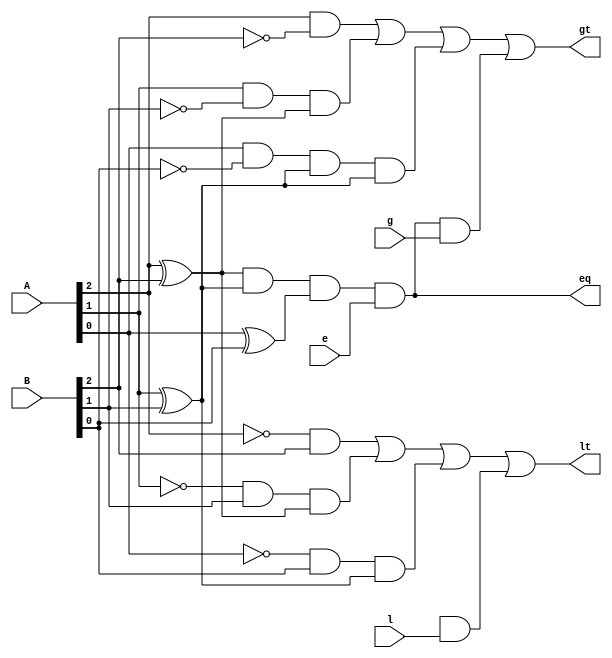
`timescale 1ns / 1ps
// Copyright 2018 Schuyler Eldridge
//
// Licensed under the Apache License, Version 2.0 (the "License");
// you may not use this file except in compliance with the License.
// You may obtain a copy of the License at
//
//     http://www.apache.org/licenses/LICENSE-2.0
//
// Unless required by applicable law or agreed to in writing, software
// distributed under the License is distributed on an "AS IS" BASIS,
// WITHOUT WARRANTIES OR CONDITIONS OF ANY KIND, either express or implied.
// See the License for the specific language governing permissions and
// limitations under the License.

module comparator_3bit(A,B,l,e,g,lt,eq,gt);
input[2:0] A;
input[2:0] B;
input l;
input e;
input g;
output lt;
output eq;
output gt;
wire [0:2] xors;
wire [0:2] A_nots;
wire [0:2] B_nots;
wire [0:2] gt_ands;
wire [0:2] lt_ands;
//equal
xor x1(xors[0],A[2],B[2]);
xor x2(xors[1],A[1],B[1]);
xor x3(xors[2],A[0],B[0]);
and a1(eq,xors[0],xors[1],xors[2],e);
//gt
not n1(B_nots[0],B[0]);
not n2(B_nots[1],B[1]);
not n3(B_nots[2],B[2]);
and a2(gt_ands[0],A[2],B_nots[2]);
and a3(gt_ands[1],A[1],B_nots[1],xors[0]);
and a4(gt_ands[2],A[0],B_nots[0],xors[1],xors[1]);
wire greater;
or o1(greater,gt_ands[0],gt_ands[1],gt_ands[2]);
wire res1;
and a5(res1,eq,g);
or o2(gt,greater,res1);
//lt
not n4(A_nots[0],A[0]);
not n5(A_nots[1],A[1]);
not n6(A_nots[2],A[2]);
and a6(lt_ands[0],A_nots[2],B[2]);
and a7(lt_ands[1],A_nots[1],B[1],xors[0]);
and a8(lt_ands[2],A_nots[0],B[0],xors[1]);
wire less;
or o3(less,lt_ands[0],lt_ands[1],lt_ands[2]);
wire res2;
and a9(res2,e1,l);
or o4(lt,less,res2);
endmodule